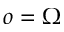
o = \Omega